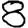
Digit: 8